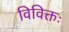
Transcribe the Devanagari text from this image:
विविक्तः